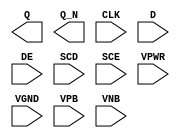
module sky130_fd_sc_ls__sedfxbp (
    Q   ,
    Q_N ,
    CLK ,
    D   ,
    DE  ,
    SCD ,
    SCE ,
    VPWR,
    VGND,
    VPB ,
    VNB
);

    output Q   ;
    output Q_N ;
    input  CLK ;
    input  D   ;
    input  DE  ;
    input  SCD ;
    input  SCE ;
    input  VPWR;
    input  VGND;
    input  VPB ;
    input  VNB ;
endmodule